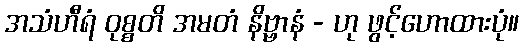
အသံဟီရံ ဝုစ္စတိ အမတံ နိဗ္ဗာနံ - ဟု ဖွင့်ဟောထားပုံ။